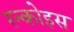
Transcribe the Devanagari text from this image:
रन्कोइस